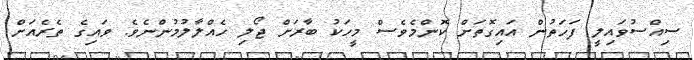
ސިއްސުވައިލީ ފަހަތުން އައިގޮތަށް ކޮންމެވެސް މީހަކު ބާރަށް ޖޯލި ހެއްލާލުމުންނެވެ. ވައިގެ ތެރެއަށް